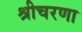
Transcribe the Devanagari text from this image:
श्रीचरणा